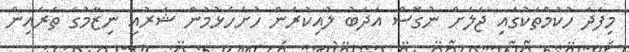
މިފަދަ ހުކުމްތަކުގައި ޖަލަށް ނުގޮސް އަދަބު ލުއިކުރަން ހުށަހެޅުމުން ޝަރުއީ ނިޒާމުގެ ތެރެއިން